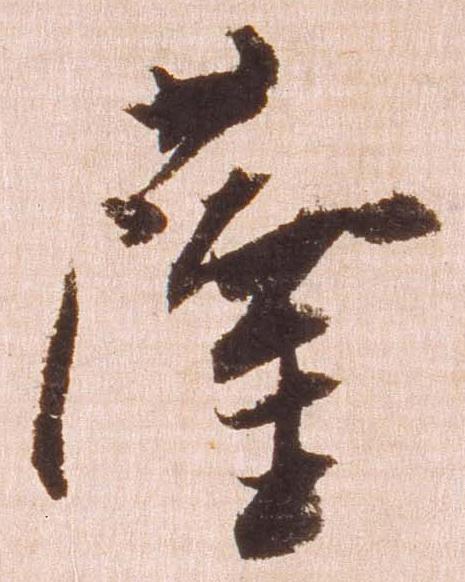
薩